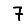
Digit: 7